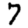
Digit: 7